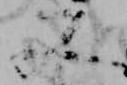
又